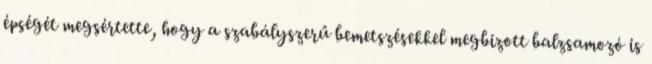
épségét megsértette, hogy a szabályszerű bemetszésekkel megbizott balzsamozó is